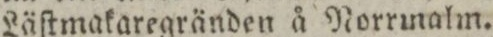
Läſtmakaregränden å Norrinalm.